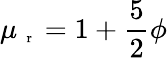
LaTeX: \mu_{\mathrm{~\scriptsize~r~}}=1+\frac{5}{2}\phi